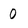
Character: 0